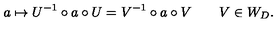
a \mapsto U ^ { - 1 } \circ a \circ U = V ^ { - 1 } \circ a \circ V \qquad V \in W _ { D } .